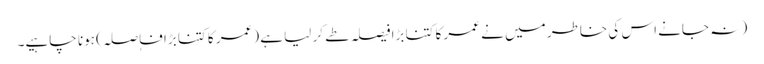
( نہ جانے اس کی خاطر میں نے عمر کا کتنا بڑا فیصلہ طے کر لیا ہے (عمر کا کتنا بڑا فاٖصلہ) ہونا چاہیے۔